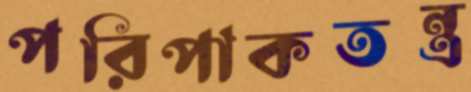
পরিপাকতন্ত্র